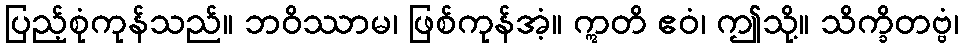
ပြည့်စုံကုန်သည်။ ဘဝိဿာမ၊ ဖြစ်ကုန်အံ့။ ဣတိ ဧဝံ၊ ဤသို့။ သိက္ခိတဗ္ဗံ၊